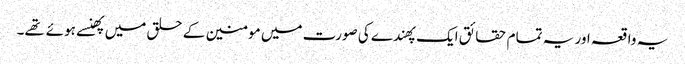
یہ واقعہ اور یہ تمام حقائق ایک پهندے کی صورت میں مومنین کے حلق میں پهنسے ہوئے تهے۔